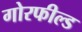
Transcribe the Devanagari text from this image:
गोरफील्ड